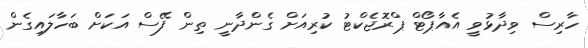
ހާރިސް ވިދާޅުވީ އެއާޕޯޓް ޕްރޮޖެކްޓު ކުރިއަށް ގެންދާނީ ތިން ފޭސް އަކަށް ބަހާލައިގެން